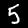
Digit: 5